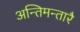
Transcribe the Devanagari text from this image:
अन्तिमन्तारै